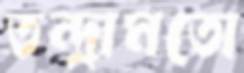
তন্দ্রামতো